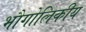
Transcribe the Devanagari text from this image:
भौगोलिकीय